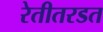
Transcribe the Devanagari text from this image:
रेतीतरडत